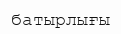
батырлығы